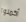
أكملوا